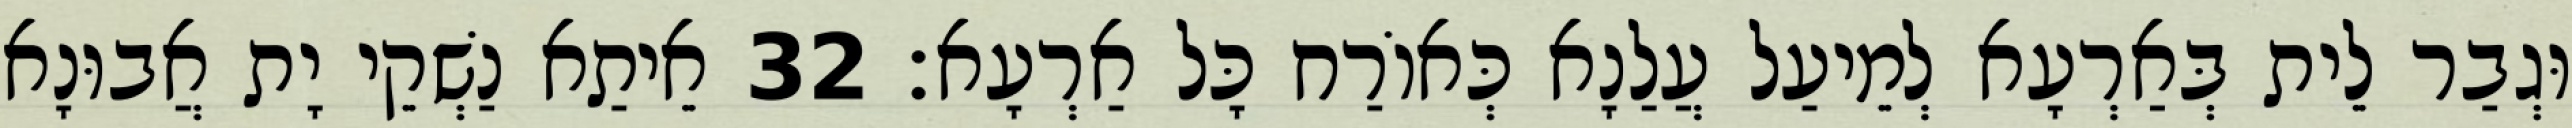
וּגְבַר לֵית בְּאַרְעָא לְמֵיעַל עֲלַנָא כְּאוֹרַח כָּל אַרְעָא׃ 32 אֵיתַא נַשְׁקֵי יָת אֲבוּנָא